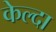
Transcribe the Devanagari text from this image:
केल्दा